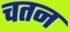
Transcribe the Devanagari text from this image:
चतन